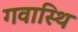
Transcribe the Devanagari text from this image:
गवास्थि